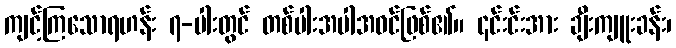
ကျင့်ကြသောရဟန်း ၇-ပါးတွင် တစ်ပါးအပါအဝင်ဖြစ်၏။ ၎င်းင်းအား ချီးကျူးခန်း၊